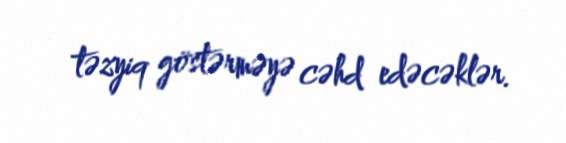
təzyiq göstərməyə cəhd edəcəklər.